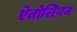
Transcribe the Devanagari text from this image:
ऐतोलियन